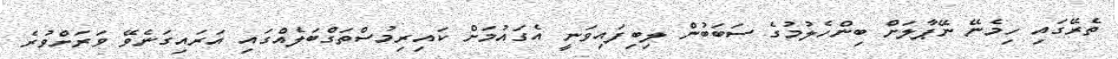
ތެރޭގައި ހިމެނޭ ނޭޕާލަށް ބިންހެލުމުގެ ސަބަބުން ލިބިފައިވަނީ އެގައުމަށް ކައިރިމުސްތަގްބަލެއްގައި އަރައިގަނެވޭ ވަރަށްވުރެ